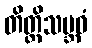
တိတ္တိသမ္ဘဝံ